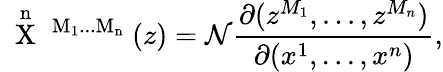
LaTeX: \mathrm{~\stackrel{n}{X}~^{M_{1}...M_{n}}~}(z)={\cal N}\frac{\partial(z^{M_{1}},...,z^{M_{n}})}{\partial(x^{1},...,x^{n})},